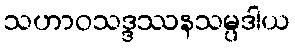
သဟာဝသဒ္ဒဿနသမ္ပဒါယ